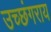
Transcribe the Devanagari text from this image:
उच्छंगराय